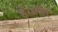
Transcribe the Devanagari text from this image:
हैं।शरीर